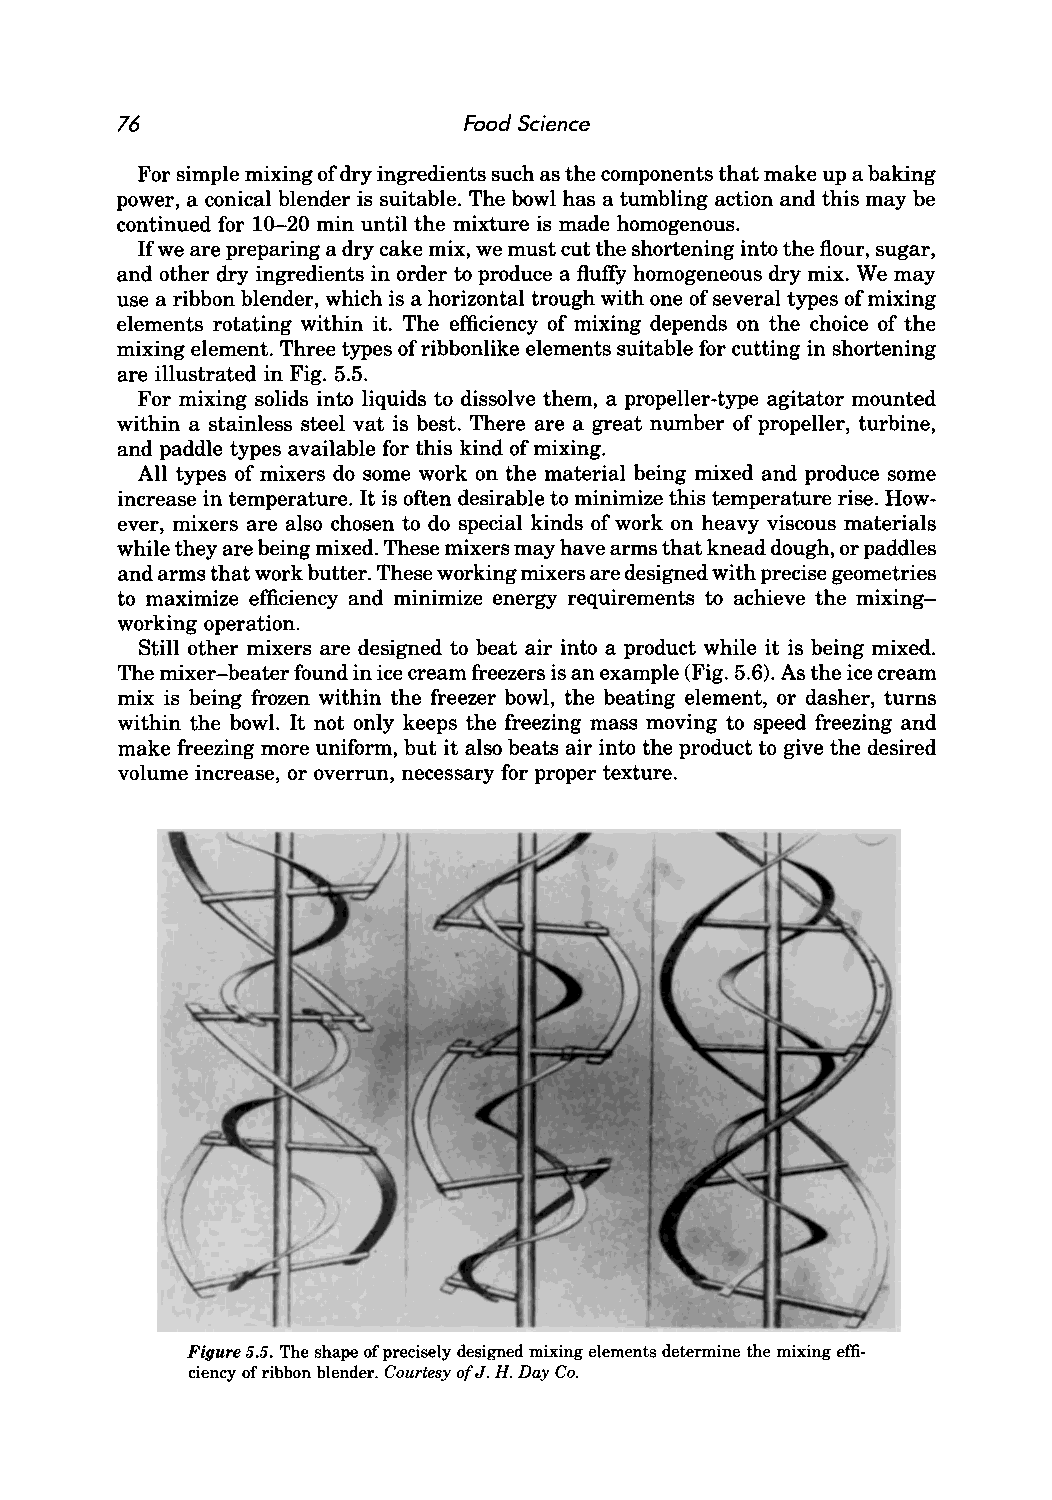
76                     Food Science
 For simple mixing of dry ingredients such as the components that make up a baking
 power, a conical blender is suitable. The bowl has a tumbling action and this may be
 continued for 10-20 min until the mixture is made homogenous.
 Ifwe are preparing a dry cake mix, we must cut the shortening into the flour, sugar,
 and other dry ingredients in order to produce a fluffy homogeneous dry mix. We may
 use a ribbon blender, which is a horizontal trough with one of several types of mixing
 elements rotating within it. The efficiency of mixing depends on the choice of the
 mixing element. Three types of ribbonlike elements suitable for cutting in shortening
 are illustrated in Fig. 5.5.
 For mixing solids into liquids to dissolve them, a propeller-type agitator mounted
 within a stainless steel vat is best. There are a great number of propeller, turbine,
 and paddle types available for this kind of mixing.
 All types of mixers do some work on the material being mixed and produce some
 increase in temperature. It is often desirable to minimize this temperature rise. How
 ever, mixers are also chosen to do special kinds of work on heavy viscous materials
 while they are being mixed. These mixers may have arms that knead dough, or paddles
 and arms that work butter. These working mixers are designed with precise geometries
 to maximize efficiency and minimize energy requirements to achieve the mixing
 working operation.
 Still other mixers are designed to beat air into a product while it is being mixed.
 The mixer-beater found in ice cream freezers is an example (Fig. 5.6). As the ice cream
 mix is being frozen within the freezer bowl, the beating element, or dasher, turns
 within the bowl. It not only keeps the freezing mass moving to speed freezing and
 make freezing more uniform, but it also beats air into the product to give the desired
 volume increase, or overrun, necessary for proper texture.
 Figure 5.5. The shape of precisely designed mixing elements determine the mixing effi
 ciency of ribbon blender. Courtesy of J. H. Day Co.